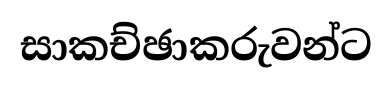
සාකච්ඡාකරුවන්ට